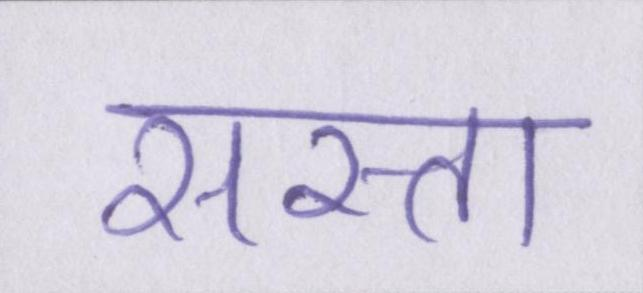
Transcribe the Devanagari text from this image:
सस्ता